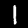
Digit: 1